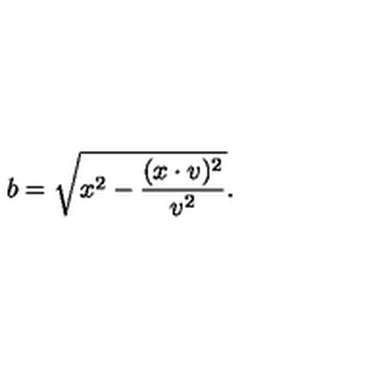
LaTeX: b = \sqrt { x ^ { 2 } - \frac { ( x \cdot v ) ^ { 2 } } { v ^ { 2 } } } .